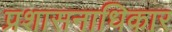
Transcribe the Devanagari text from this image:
प्रशासनाधिकार